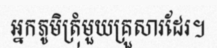
អ្នកភូមិត្រុំមួយគ្រួសារដែរ។